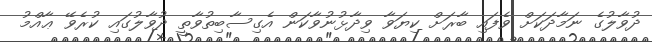
ދުވާލުގެ ނަމާދަކަށް ވެފައި ބާރަށް ކިޔަވާ ވިދާޅުނުވާކަން އެގިސާބިތުވާތީ ދުވާލުގައި ކުރެވޭ ޢާއްމު